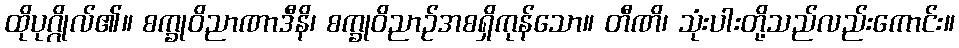
ထိုပုဂ္ဂိုလ်၏။ စက္ခုဝိညာဏာဒီနိ၊ စက္ခုဝိညာဉ်အစရှိကုန်သော။ တီဏိ၊ သုံးပါးတို့သည်လည်းကောင်း။